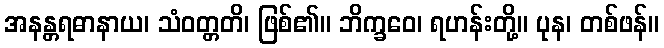
အနန္တရဓာနာယ၊ သံဝတ္တတိ၊ ဖြစ်၏။ ဘိက္ခဝေ၊ ရဟန်းတို့။ ပုန၊ တစ်ဖန်။